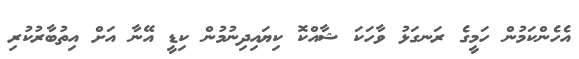
އެހެންކަމުން ހަމީގެ ރަނގަޅު ވާހަކަ ޝާއްކޮ ކިޔައިދިނުމުން ކިޑީ އޭނާ އަށް އިތުބާރުކުރި